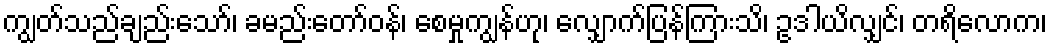
ကျွတ်သည်ချည်းသော်၊ ခမည်းတော်ဝန်၊ စေမှုကျွန်ဟု၊ လျှောက်ပြန်ကြားသိ၊ ဥဒါယိလျှင်၊ တရိလောက၊